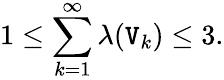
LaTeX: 1\leq\sum_{k=1}^{\infty}\lambda(\mathtt{V}_{k})\leq3.